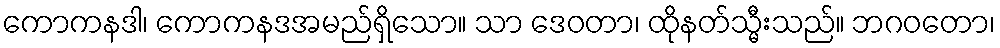
ကောကနဒါ၊ ကောကနဒအမည်ရှိသော။ သာ ဒေဝတာ၊ ထိုနတ်သ္မီးသည်။ ဘဂဝတော၊